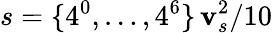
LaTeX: s=\{ 4^{0},\dots,4^{6}\} \, \mathbf{v}_{s}^{2}/10